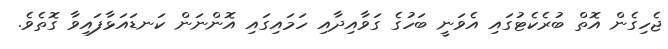
ޖެހިގެން އޮތް ބުރެކެޓުގައި އެވަނީ ބަހުގެ ގަވާއިދާއި ހަމައިގައި އޮންނަން ކަނޑައަޅާފައިވާ ގޮތެވެ.